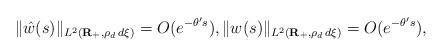
LaTeX: \begin{align*}\|\hat{w}(s)\|_{L^2({\bf R}_+,\rho_d\,d\xi)}=O(e^{-\theta's}),\|w(s)\|_{L^2({\bf R}_+,\rho_d\,d\xi)}=O(e^{-\theta's}),\end{align*}